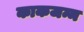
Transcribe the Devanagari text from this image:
काकजन्म